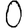
Digit: 0